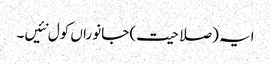
ایہ (صلاحیت) جانوراں کول نئیں۔